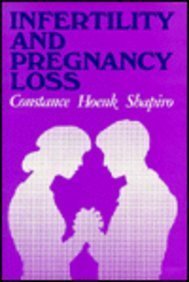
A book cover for Infertility and Pregnancy Loss: A Guide for Helping Professionals (Jossey Bass/Aha Press Series); Constance Hoenk Shapiro; Medical Books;